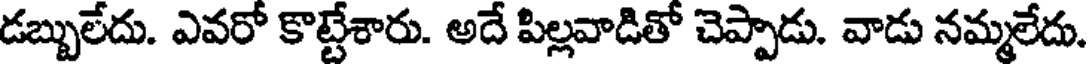
డబ్బులేదు. ఎవరో కొట్టేశారు. అదే పిల్లవాడితో చెప్పాడు. వాడు నమ్మలేదు.